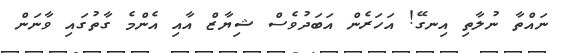
ނައްތާ ނުލާތި އިނގޭ! އަހަރެން އަބަދުވެސް ޝިޔާޒް އާއި އެންމެ ގާތުގައި ވާނަން